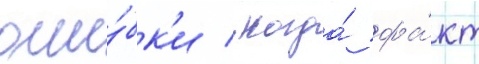
оши́бк'и / когда́ фа́кт